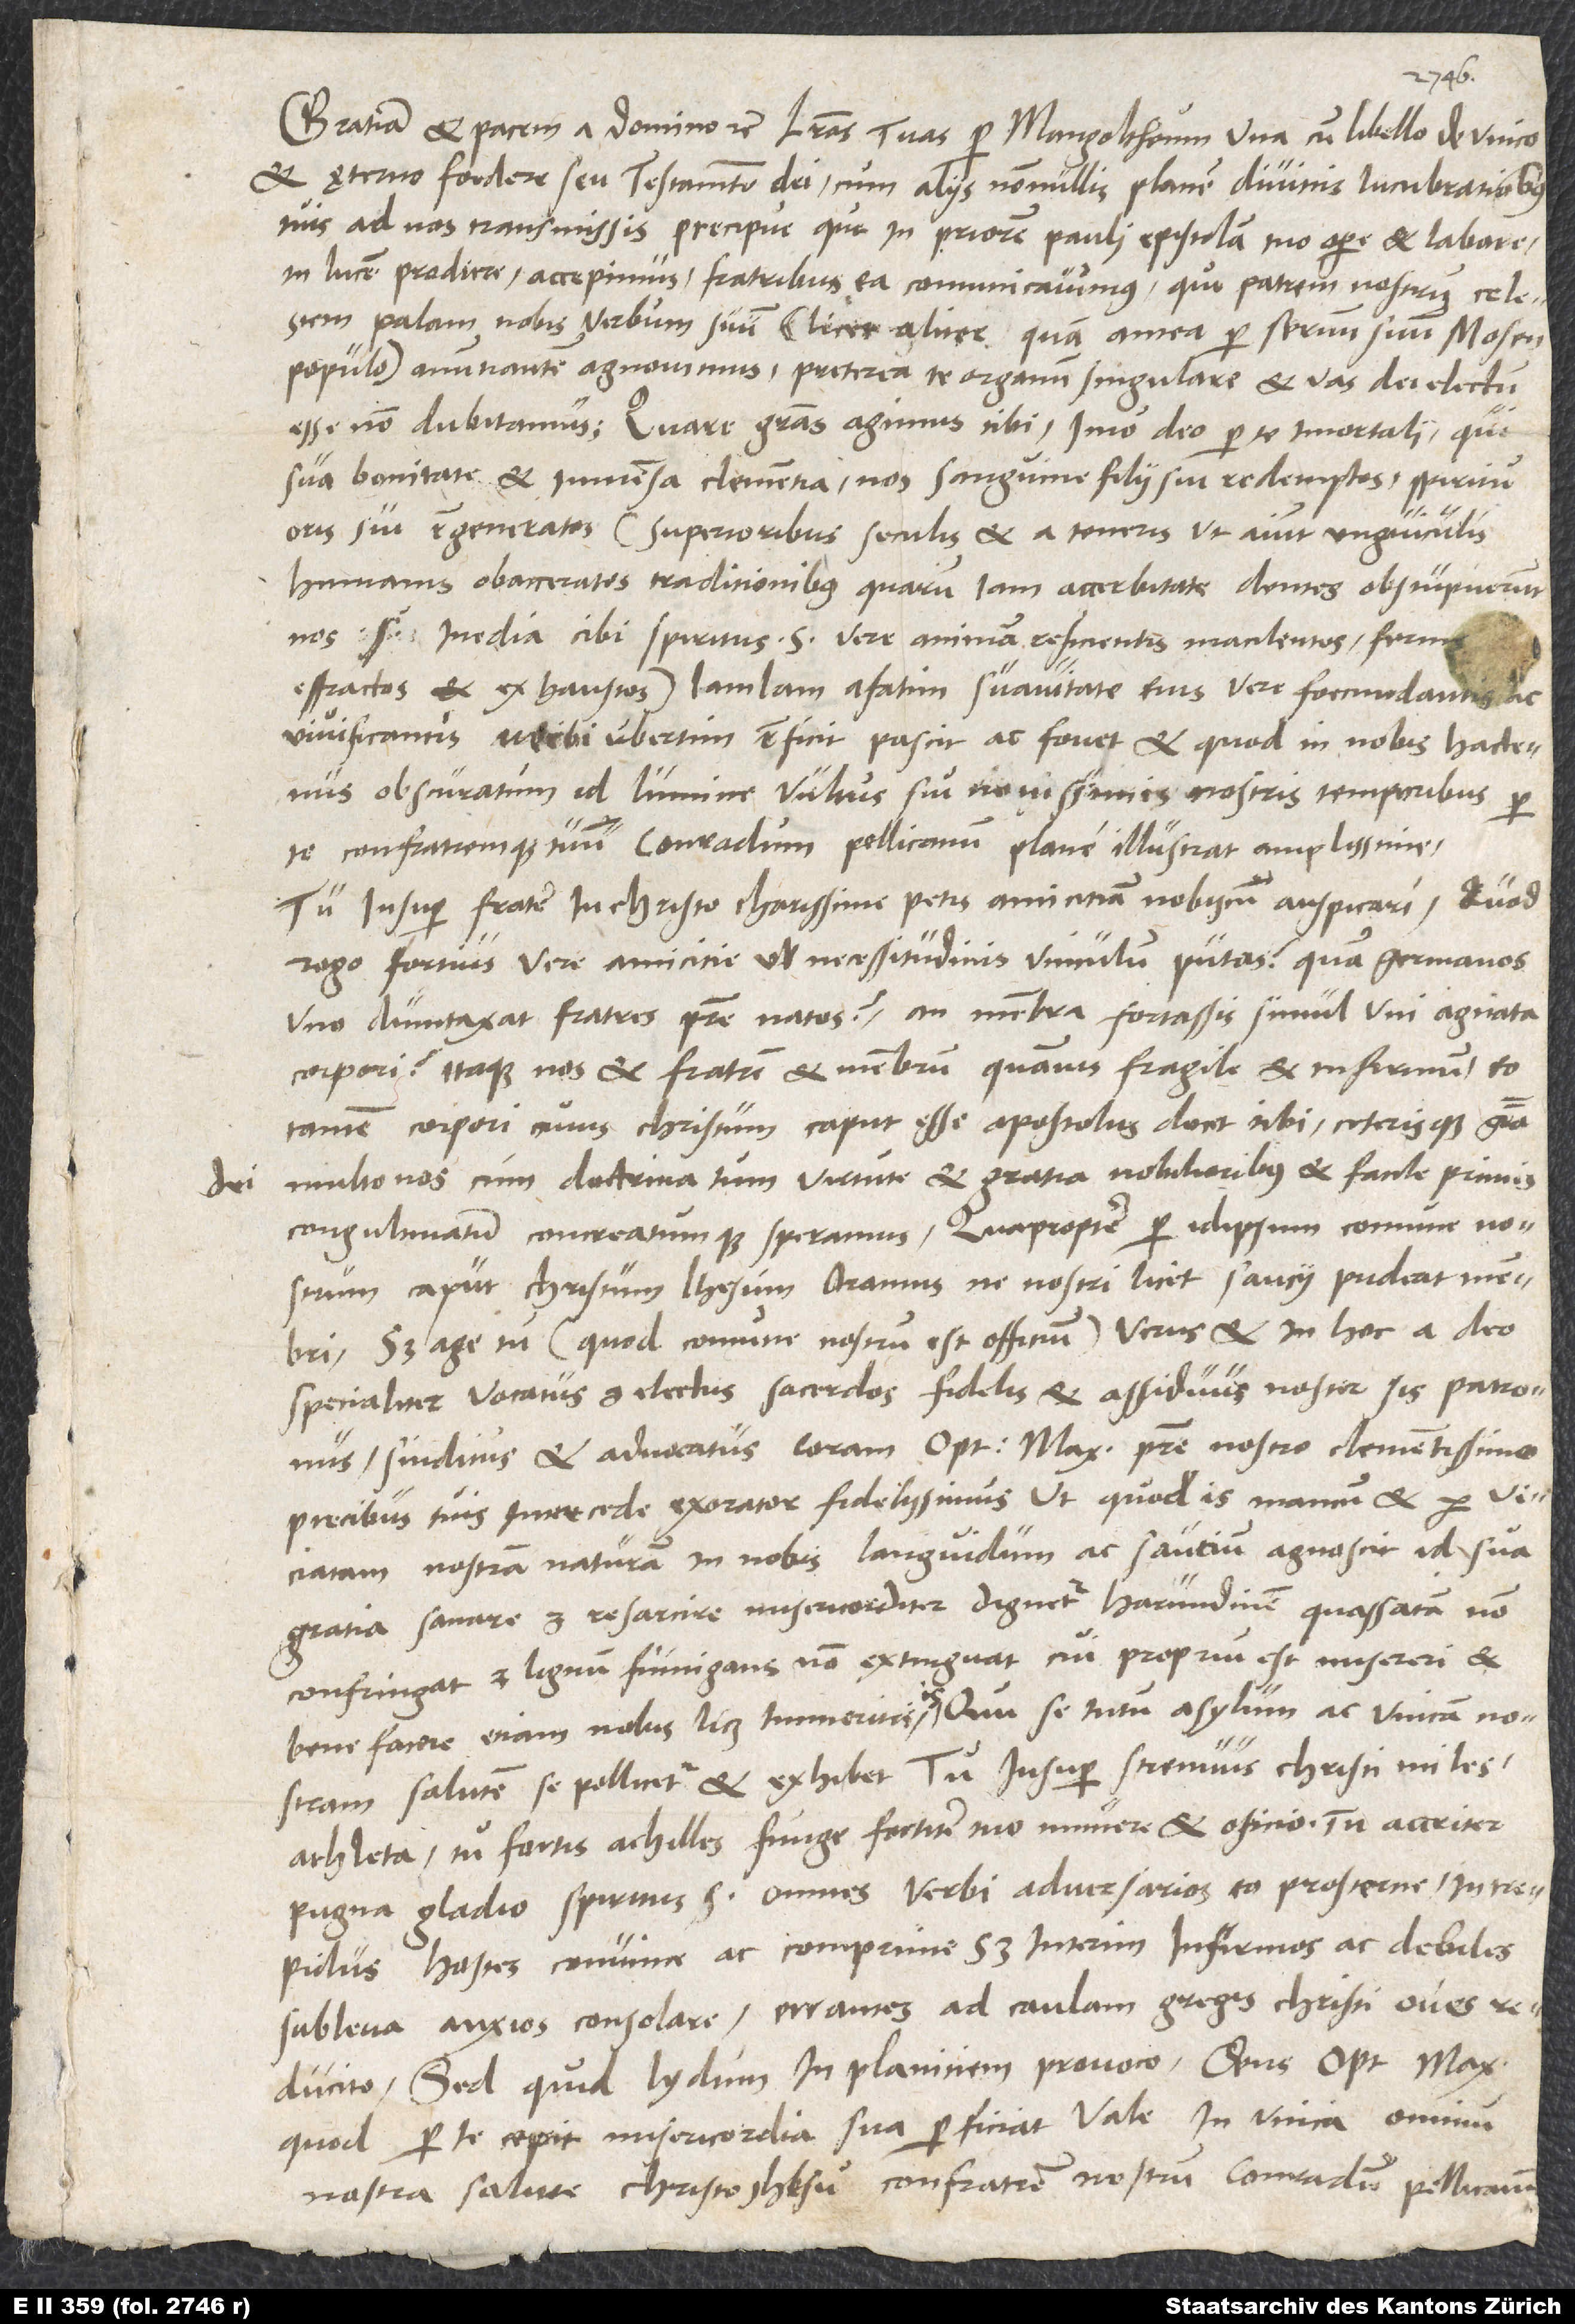
dei

Gratiam et pacem a domino etc. Literas tuas per Mangoltheum una cum libello De unico
et ęterno foedere seu testamento dei cum aliis nonnullis plane divinis lucubrationibus
tuis ad nos transmissis, precipue que in priorem Pauli epistolam tuo opere et labore
in lucem prodiere, accepimus. Fratribus ea communicavimus. Quo patrem nostrum celestem
palam nobis verbum suum, licet aliter quam antea per servum suum Mosen
populo, annuntiantem agnovimus, preterea te organum singulare et vas dei electum
esse non dubitamus. Quare gratias agimus tibi, imo deo per te immortali, qui
sua bonitate et immensa clementia nos sanguine filii sui redemptos, spiritu
oris sui regeneratos, superioribus seculis et a teneris, ut aiunt, unguiculis
benefacere etiam nobis, licet immeritis, is, qui se tutum asylum ac unicam nostram
salutem se pollicetur et exhibet. Tu insuper strenuus Christi miles,
athleta, tu fortis Achilles funge fortiter tuo munere et oficio, tu acriter
pugna gladio spiritus sancti, omnes verbi adversarios eo prosterne, intrepidus
hostes convince ac comprime, sed interim infirmos ac debiles
subleva, anxios consolare, errantes ad caulam gregis Christi oves
reducito. Sed quid Lydum in planiciem provoco? Deus optimus maximus,
quod per te cepit, misericordia sua perficiat. Vale in unica omnium
nostra salute, Christo Ihesu. Confratrem nostrum Conradum Pellicanum